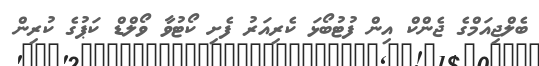
ބެލްޖިއަމްގެ ޖެންކް އިން ފުޓުބޯޅަ ކެރިއަރު ފެށި ކޯޓުވާ ވޯލްޑް ކަޕުގެ ކުރިން